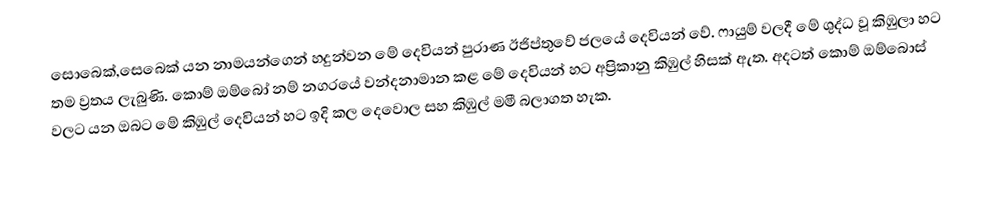
සොබෙක්,සෙබෙක් යන නාමයන්ගෙන් හදුන්වන මේ දෙවියන් පුරාණ ඊජිප්තුවේ ජලයේ දෙවියන් වේ. ෆායුම් වලදී මේ ශුද්ධ වූ කිඹුලා හට තම ව්‍රතය ලැබුණි. කොම් ඔම්බෝ නම් නගරයේ වන්දනාමාන කළ මේ දෙවියන් හට අප්‍රිකානු කිඹුල් හිසක් ඇත. අදටත් කොම් ඔම්බොස් වලට යන ඔබට මේ කිඹුල් දෙවියන් හට ඉදි කල දෙවොල සහ කිඹුල් මමී බලාගත හැක.